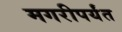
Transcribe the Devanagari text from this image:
मगरीपर्यंत